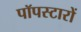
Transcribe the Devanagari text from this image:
पॉपस्टारों